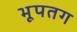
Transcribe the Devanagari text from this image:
भूपतग